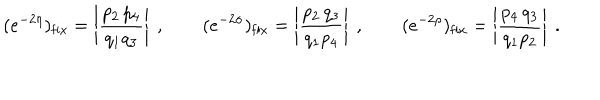
LaTeX: ( e ^ { - 2 \eta } ) _ { \mathrm { f i x } } = \left| \frac { p _ { 2 } \, p _ { 4 } } { q _ { 1 } q _ { 3 } } \right| \ , \qquad ( e ^ { - 2 \sigma } ) _ { \mathrm { f i x } } = \left| \frac { p _ { 2 } \, q _ { 3 } } { q _ { 1 } p _ { 4 } } \right| \ , \qquad ( e ^ { - 2 \rho } ) _ { \mathrm { f i x } } = \left| \frac { p _ { 4 } \, q _ { 3 } } { q _ { 1 } p _ { 2 } } \right| \ .